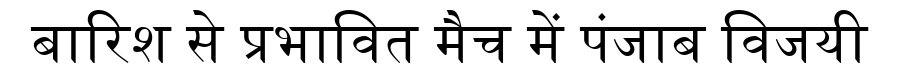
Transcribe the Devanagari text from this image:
बारिश से प्रभावित मैच में पंजाब विजयी